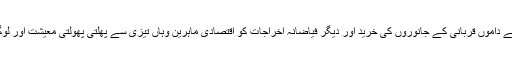
​بنگلہ دیش میں عید کے موقع پر بڑے پیمانے پر مہنگے داموں قربانی کے جانوروں کی خرید اور دیگر فیاضانہ اخراجات کو اقتصادی ماہرین وہاں تیزی سے پھلتی پھولتی معیشت اور لوگوں کی آمدنیوں میں اضافے کے طور پر دیکھتے ہیں۔